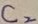
Text: C2